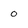
Character: 0